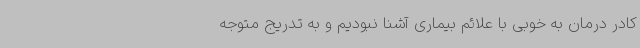
کادر درمان به ‌خوبی با علائم بیماری آشنا نبودیم و به‌ تدریج متوجه